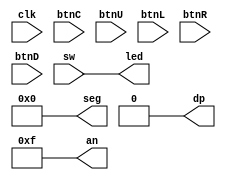
module basys3
(
    input         clk,

    input         btnC,
    input         btnU,
    input         btnL,
    input         btnR,
    input         btnD,

    input  [15:0] sw,

    output [15:0] led,

    output [ 6:0] seg,
    output        dp,
    output [ 3:0] an
);

    assign led [ 0] = sw [ 0];
    assign led [ 1] = sw [ 1];
    assign led [ 2] = sw [ 2];
    assign led [ 3] = sw [ 3];
    assign led [ 4] = sw [ 4];
    assign led [ 5] = sw [ 5];
    assign led [ 6] = sw [ 6];
    assign led [ 7] = sw [ 7];
    assign led [ 8] = sw [ 8];
    assign led [ 9] = sw [ 9];
    assign led [10] = sw [10];
    assign led [11] = sw [11];
    assign led [12] = sw [12];
    assign led [13] = sw [13];
    assign led [14] = sw [14];
    assign led [15] = sw [15];

    assign seg = 7'b0;
    assign dp  = 1'b0;
    assign an  = 4'hf;

endmodule